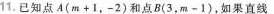
11.已知点A($$m + 1 ，- 2$$)和点B(3，$$m - 1$$)，如果直线